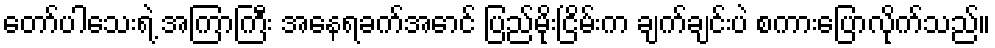
တော်ပါသေးရဲ့ အကြာကြီး အနေရခက်အောင် ပြည်မိုးငြိမ်းက ချက်ချင်းပဲ စကားပြောလိုက်သည်။